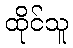
ထိုင်သူ